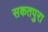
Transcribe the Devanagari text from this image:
सकतपुरा